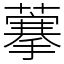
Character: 藆